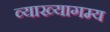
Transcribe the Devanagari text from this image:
व्याख्यागम्य